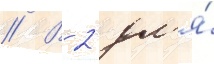
// В 2 дл'я́